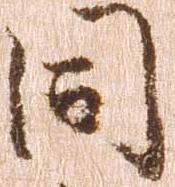
同